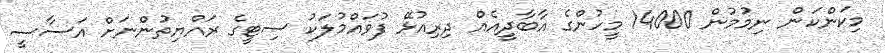
މިކަންކަން ނިމުމުން 14000 މީހުންގެ އާބާދީއެއް ދިރިއުޅޭ ފުވައްމުލަކު ސިޓީގެ ރައްޔިތުންނަށް އަސާސީ